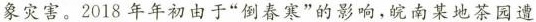
象灾害。2018年年初由于”倒春寒”的影响，皖南某地茶园遭